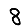
Digit: 8